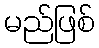
မည်ဖြစ်